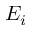
E _ { i }